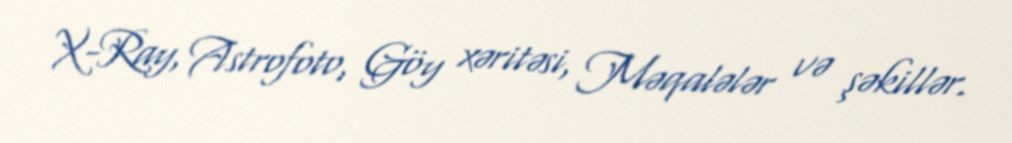
X-Ray, Astrofoto, Göy xəritəsi, Məqalələr və şəkillər.